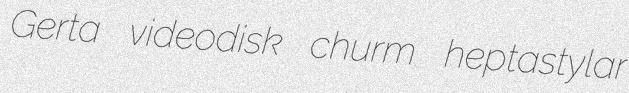
Gerta videodisk churm heptastylar